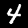
Label: 4